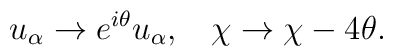
u_{\alpha} \rightarrow e^{i \theta} u_{\alpha}, \: \: \: \: \chi\rightarrow \chi - 4 \theta.